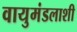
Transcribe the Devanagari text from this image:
वायुमंडलाशी